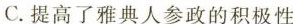
C.提高了雅典人参政的积极性